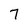
Character: 7